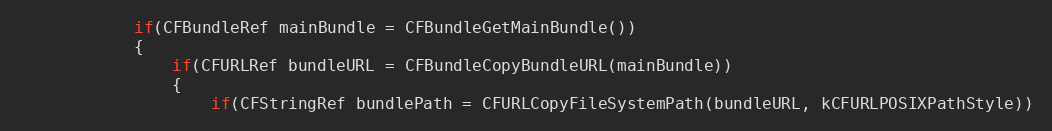
Language: C++
			if(CFBundleRef mainBundle = CFBundleGetMainBundle())
			{
				if(CFURLRef bundleURL = CFBundleCopyBundleURL(mainBundle))
				{
					if(CFStringRef bundlePath = CFURLCopyFileSystemPath(bundleURL, kCFURLPOSIXPathStyle))